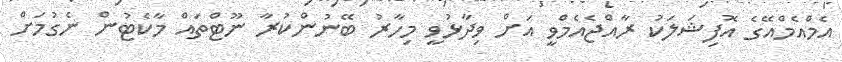
އެމްއެމްއޭގެ އޮފިޝަލަކު ރާއްޖެއެމްވީ އަށް ވިދާޅުވީ މިހާރު ބޭނުންކުރާ ނޫޓްތައް މާކެޓުން ނެގުމަށް